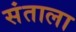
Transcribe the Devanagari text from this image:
संताला